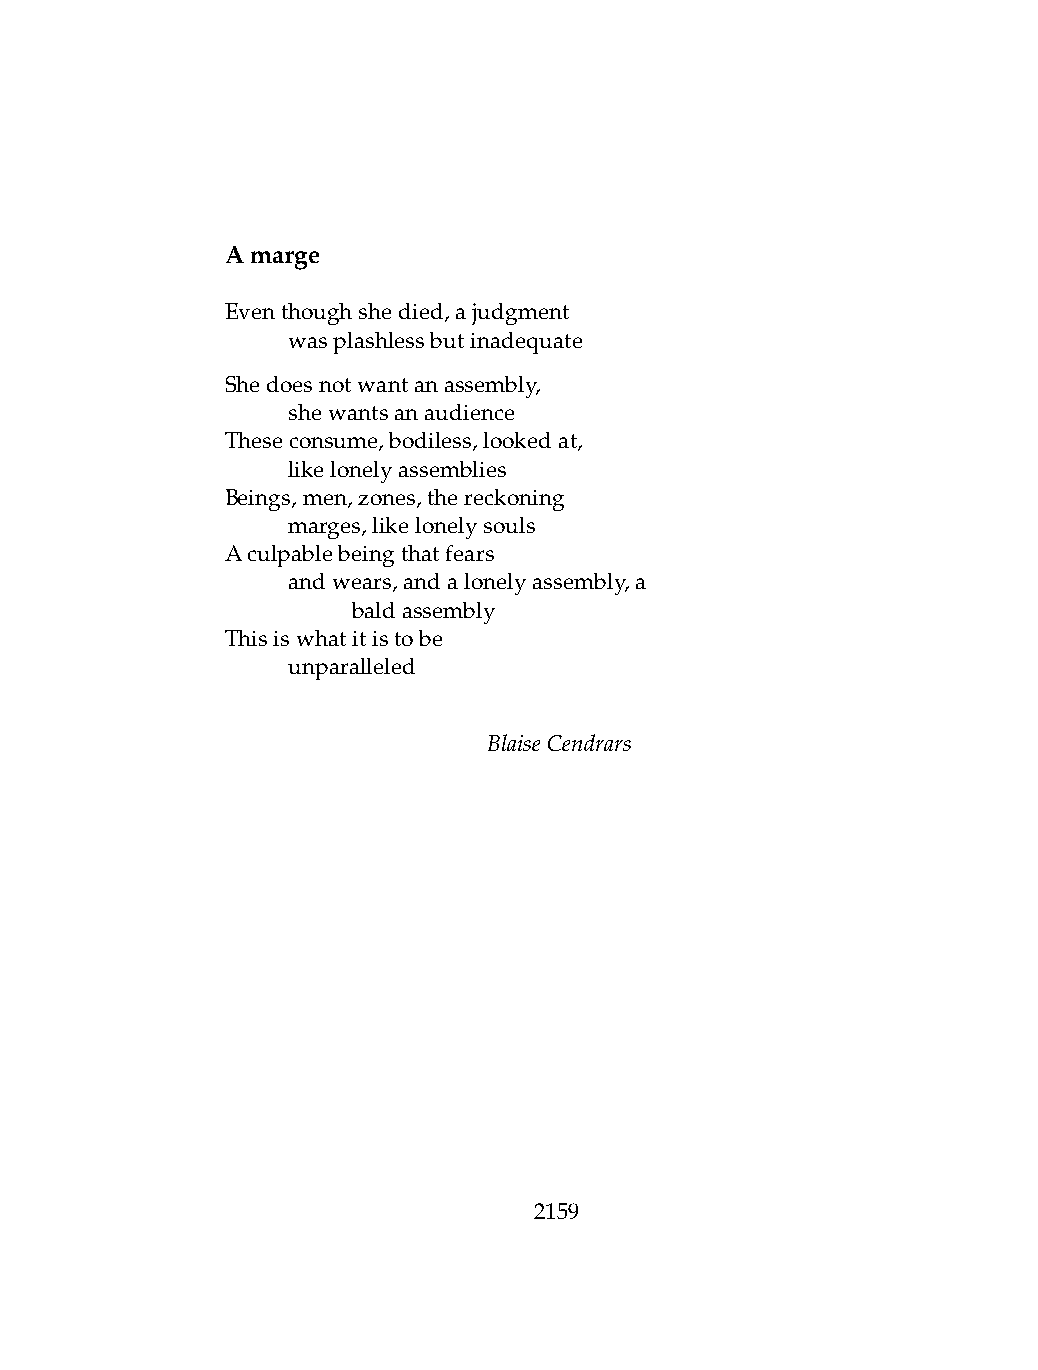
Amarge
 Eventhoughshedied,ajudgment
 .   wasplashlessbutinadequate
 Shedoesnotwantanassembly,
 .   shewantsanaudience
 Theseconsume,bodiless,lookedat,
 .   likelonelyassemblies
 Beings,men,zones,thereckoning
 .   marges,likelonelysouls
 Aculpablebeingthatfears
 .   andwears,andalonelyassembly,a
 .   .   baldassembly
 Thisiswhatitistobe
 .   unparalleled
 BlaiseCendrars
 2159